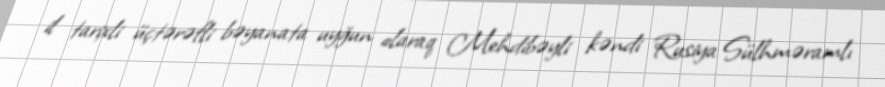
il tarixli üçtərəfli bəyanata uyğun olaraq Mehdibəyli kəndi Rusiya Sülhməramlı